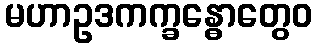
မဟာဥဒကက္ခန္ဓောတွေဝ